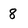
Character: 8